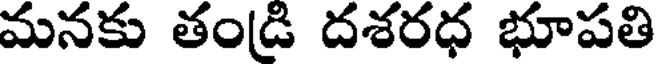
మనకు తండి దశరధ భూపతి